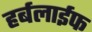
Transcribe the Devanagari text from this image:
हर्बलाईफ